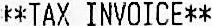
**TAX INVOICE**